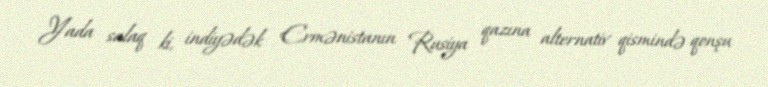
Yada salaq ki, indiyədək Ermənistanın Rusiya qazına alternativ qismində qonşu